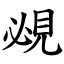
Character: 覕